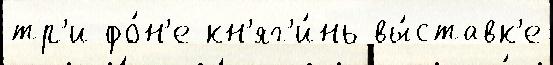
тр'и фо́н'е кн'яг'и́нь вы́ставк'е